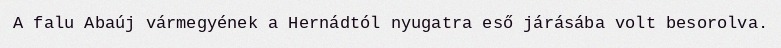
A falu Abaúj vármegyének a Hernádtól nyugatra eső járásába volt besorolva.